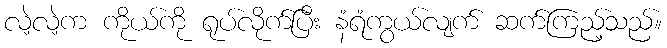
လဲ့လဲ့က ကိုယ်ကို ရုပ်လိုက်ပြီး နံရံကွယ်လျက် ဆက်ကြည့်သည်။